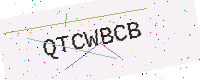
Text: QTCWBCB